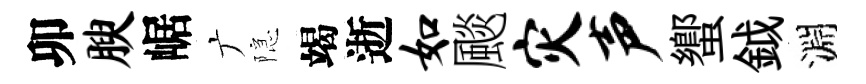
卯腴崌广隠竭逝如颷灾声蠁鉞淵